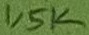
Text: 1,5K